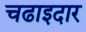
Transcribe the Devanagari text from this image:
चढाइदार